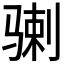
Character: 𩨉